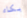
بكاء